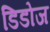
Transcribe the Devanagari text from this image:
डिडोज